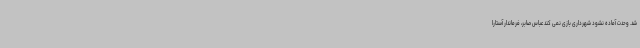
شد. وحدت آماده نشود شهرداری بازی نمی کند عباس صابر، فرماندار آستارا